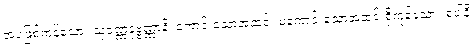
အပဖြစ်ကုန်သော။ သုဝဏ္ဏဒုဗ္ဗဏ္ဏာနိ၊ ကောင်းသောအဆင်း မကောင်းသောအဆင်းရှိကုန်သော။ ရူပါနိ၊